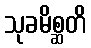
သုခမိစ္ဆတိ